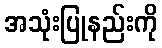
အသုံးပြုနည်းကို